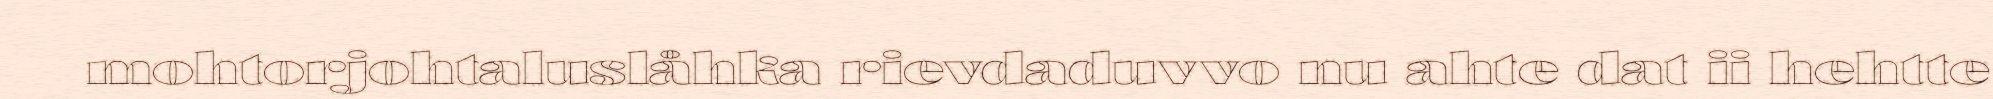
mohtorjohtaluslåhka rievdaduvvo nu ahte dat ii hehtte